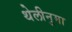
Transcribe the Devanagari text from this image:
थेलीनुमा